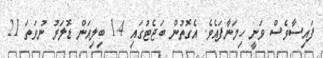
ފައިސާވެސް ވަނީ ހިމަނާފައެވެ. އެގޮތުން ބަޖެޓުގައި 1.4 ބިލިއަން ޑޮލަރު ނުވަތަ 21